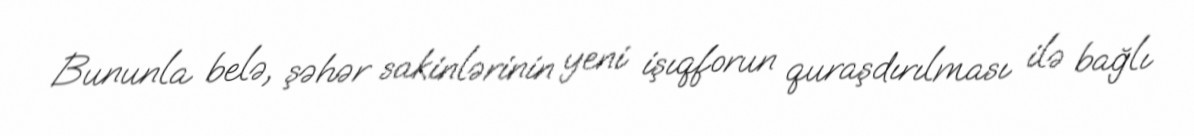
Bununla belə, şəhər sakinlərinin yeni işıqforun quraşdırılması ilə bağlı